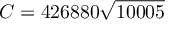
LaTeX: C = 4 2 6 8 8 0 { \sqrt { 1 0 0 0 5 } }